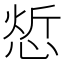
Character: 𢜦